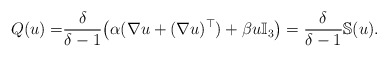
\begin{align*} Q(u)=&\frac{\delta}{\delta-1}\big(\alpha(\nabla u+(\nabla u)^\top)+\beta u \mathbb{I}_3\big)=\frac{\delta}{\delta-1}\mathbb{S}(u).\end{align*}